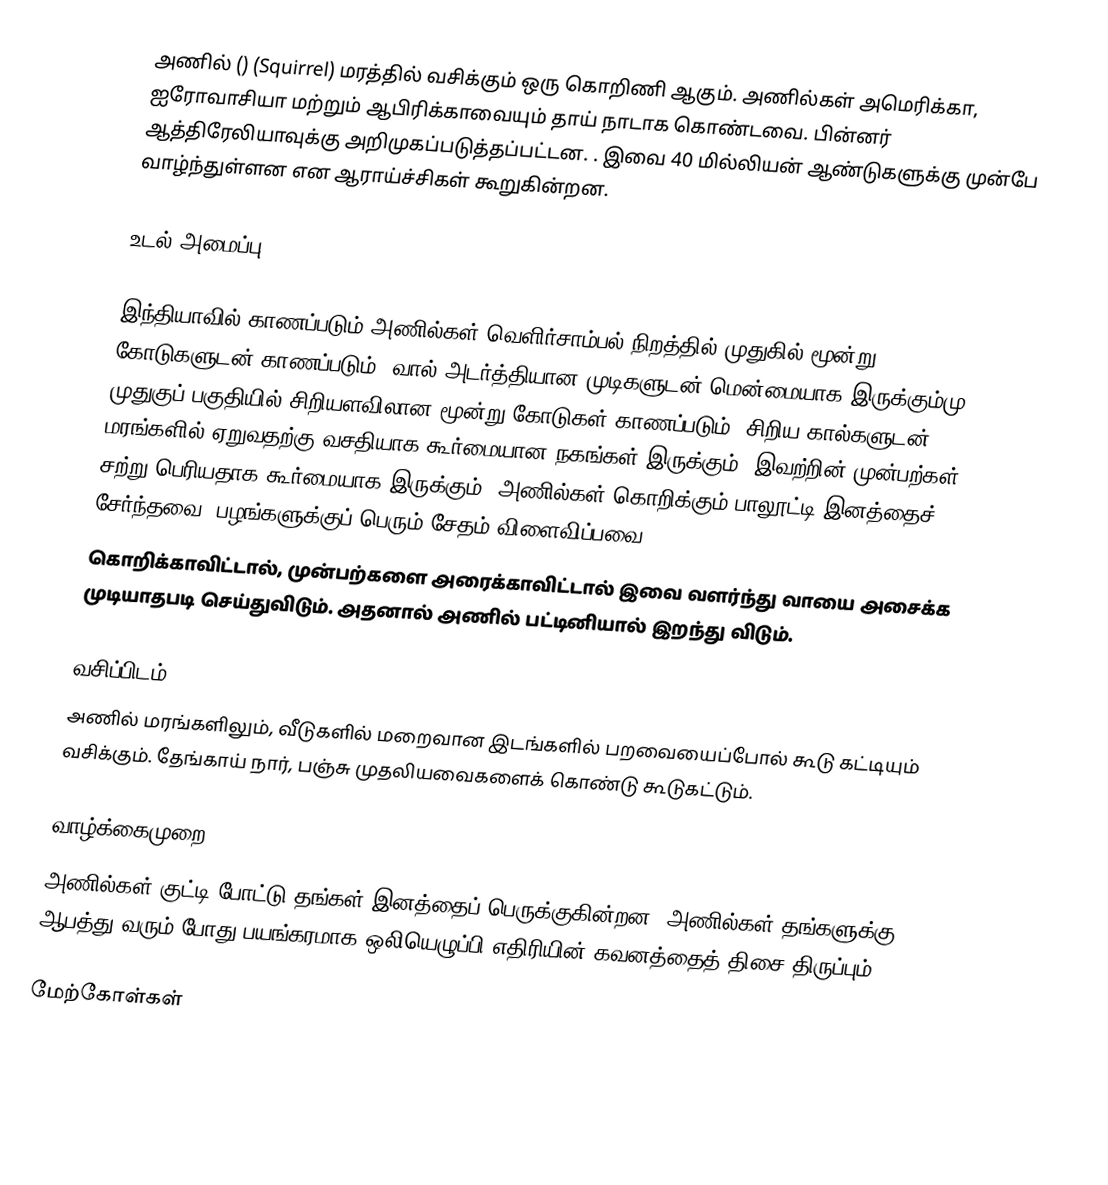
அணில் () (Squirrel) மரத்தில் வசிக்கும் ஒரு கொறிணி ஆகும். அணில்கள் அமெரிக்கா, ஐரோவாசியா மற்றும் ஆபிரிக்காவையும் தாய் நாடாக கொண்டவை. பின்னர் ஆத்திரேலியாவுக்கு அறிமுகப்படுத்தப்பட்டன. . இவை 40 மில்லியன் ஆண்டுகளுக்கு முன்பே வாழ்ந்துள்ளன என ஆராய்ச்சிகள் கூறுகின்றன.

உடல் அமைப்பு

இந்தியாவில் காணப்படும் அணில்கள் வெளிர்சாம்பல் நிறத்தில் முதுகில் மூன்று கோடுகளுடன் காணப்படும். வால் அடர்த்தியான முடிகளுடன் மென்மையாக இருக்கும்மு. முதுகுப் பகுதியில் சிறியளவிலான மூன்று கோடுகள் காணப்படும். சிறிய கால்களுடன் மரங்களில் ஏறுவதற்கு வசதியாக கூர்மையான நகங்கள் இருக்கும். இவற்றின் முன்பற்கள் சற்று பெரியதாக கூர்மையாக இருக்கும். அணில்கள் கொறிக்கும் பாலூட்டி இனத்தைச் சேர்ந்தவை. பழங்களுக்குப் பெரும் சேதம் விளைவிப்பவை.
கொறிக்காவிட்டால், முன்பற்களை அரைக்காவிட்டால் இவை வளர்ந்து வாயை அசைக்க முடியாதபடி செய்துவிடும். அதனால் அணில் பட்டினியால் இறந்து விடும்.

வசிப்பிடம்
அணில் மரங்களிலும், வீடுகளில் மறைவான இடங்களில் பறவையைப்போல் கூடு கட்டியும் வசிக்கும். தேங்காய் நார், பஞ்சு முதலியவைகளைக் கொண்டு கூடுகட்டும்.

வாழ்க்கைமுறை
அணில்கள் குட்டி போட்டு தங்கள் இனத்தைப் பெருக்குகின்றன. அணில்கள் தங்களுக்கு ஆபத்து வரும் போது பயங்கரமாக ஒலியெழுப்பி எதிரியின் கவனத்தைத் திசை திருப்பும்.

மேற்கோள்கள்